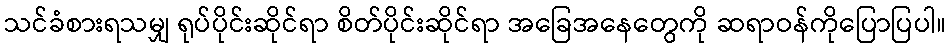
သင်ခံစားရသမျှ ရုပ်ပိုင်းဆိုင်ရာ စိတ်ပိုင်းဆိုင်ရာ အခြေအနေတွေကို ဆရာဝန်ကိုပြောပြပါ။